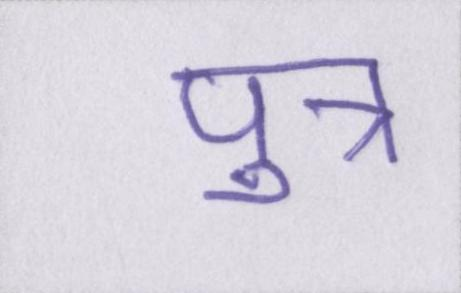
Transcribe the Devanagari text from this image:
पुत्र